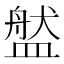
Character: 𥂐